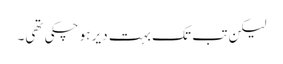
لیکن تب تک بہت دیر ہو چکی تھی۔